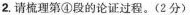
2，请梳理第④段的论证过程。(2分)